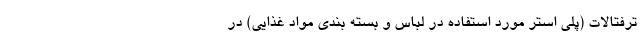
ترفتالات (پلی استر مورد استفاده در لباس و بسته بندی مواد غذایی) در